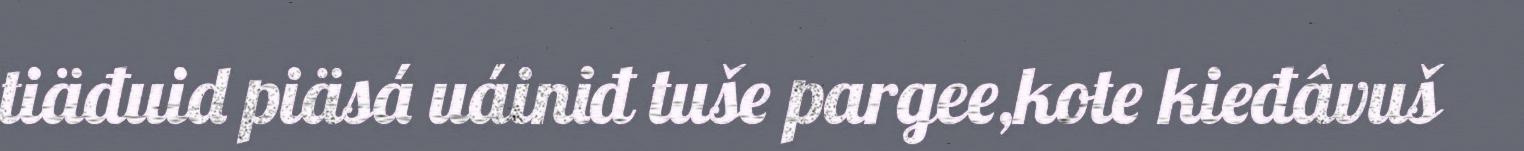
tiäđuid piäsá uáiniđ tuše pargee,kote kieđâvuš